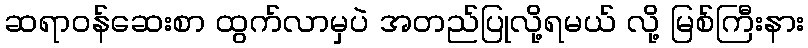
ဆရာဝန်ဆေးစာ ထွက်လာမှပဲ အတည်ပြုလို့ရမယ် လို့ မြစ်ကြီးနား